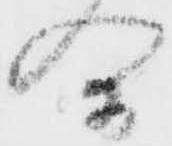
合